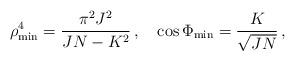
LaTeX: \begin{align*}\rho _{\rm min}^4=\frac{\pi ^2J^2}{JN-K^2}\, , \quad \cos \Phi _{\rm min}=\frac{K}{\sqrt{JN}}\, ,\end{align*}